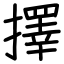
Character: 擇